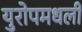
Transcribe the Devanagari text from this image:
युरोपमधली